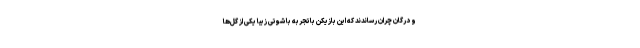
و درگان چران رساندند که این بازیکن باتجربه با شوتی زیبا یکی از گل‌ها